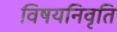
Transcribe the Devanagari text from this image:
विषयनिवृति